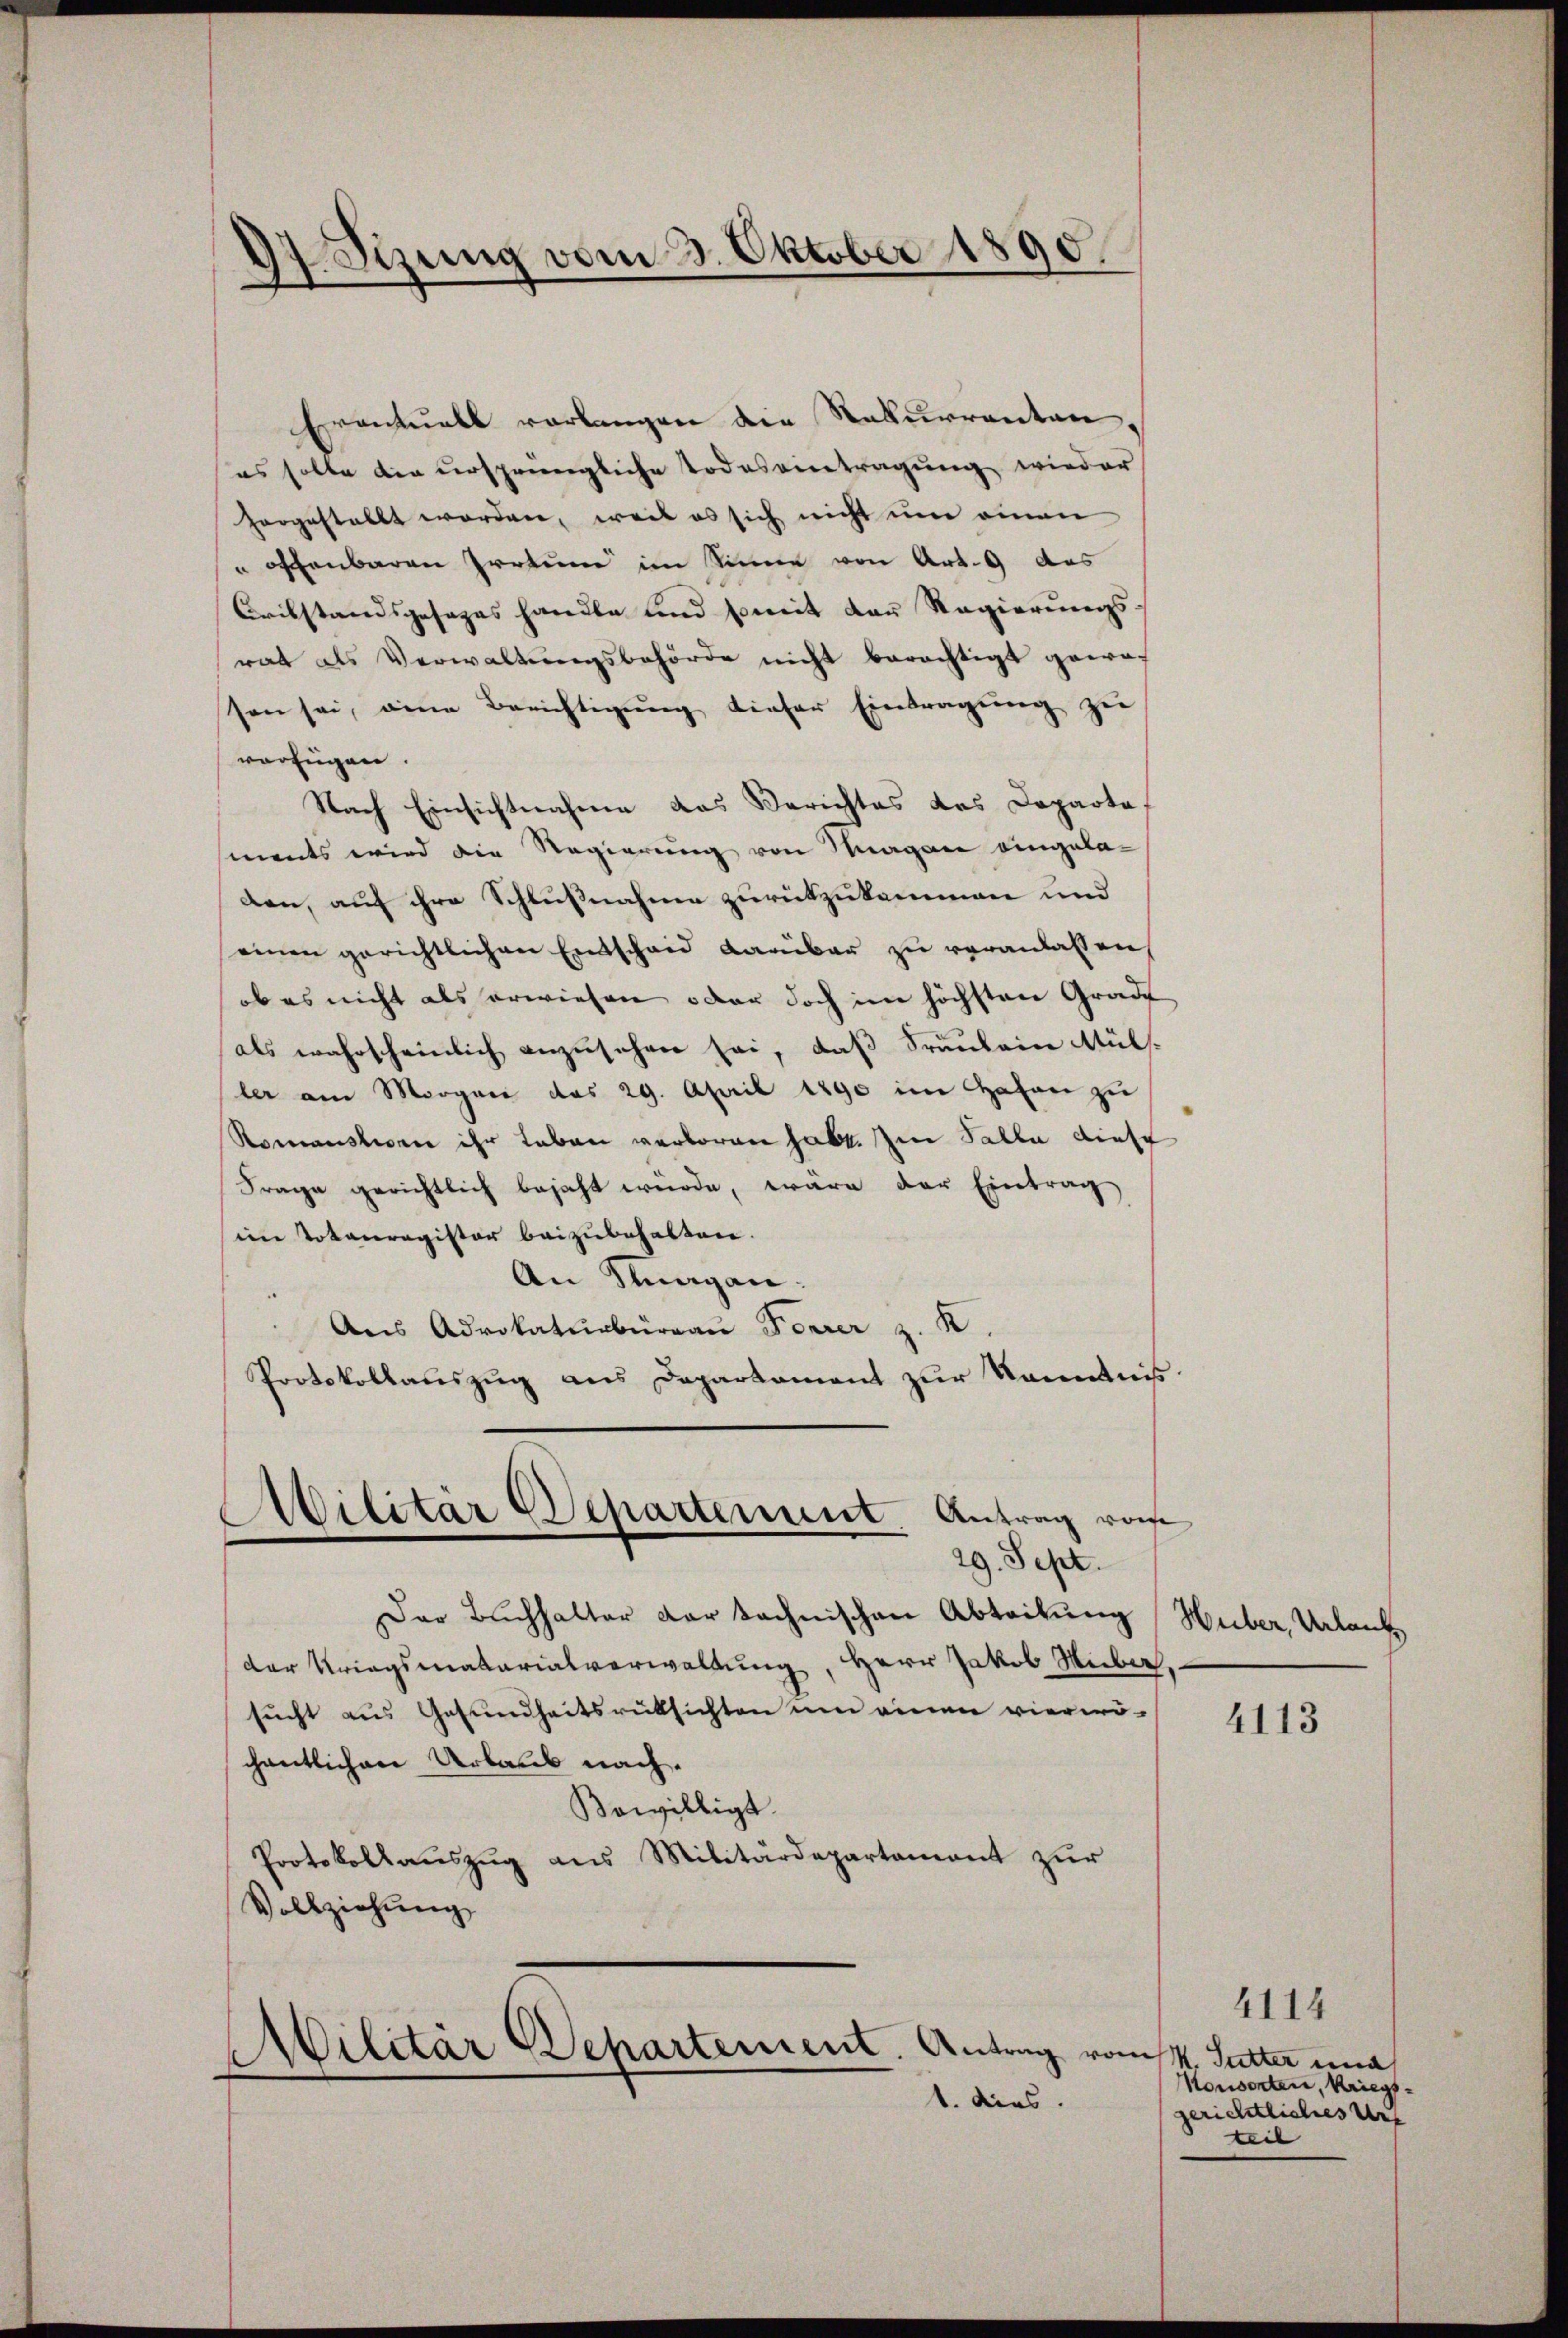
7 Szung vom 3. Oktober 1890.

Eventuell verlangen die Rekurrenten
es solle die ursprüngliche Todeseintragung wieder
horgestellt worden, weil es sich nicht um einen
" offenbaren Irrtum im Sinne von Art. 9 des
Crikstandsgesages handle und soweit der Regierungsrat als Verwaltŭngsbehörde nicht berechtigt gewa-
sen sei, eine Berichtigŭng dieser Eintragŭng zu
verfügen.
Nach Einsichtnahme das Berichtes des Departe
sments wird die Regierung von Magen eingeladen, auf ihre Schlußnahme zurückzukommen und
einen gerichtlichen Entscheid darüber zu veranlassen,
ob es nicht als erwiesen oder doch im höchsten Grade
als wahrscheinlich anzusehen sei, daß Fräulein Müls.
ler am Morgani das 29. April 1890 im Hafen zu
Romansteen ihr Leben verloren habt. Im Falle diese
Frage gerichtlich bejaht würde, wäre der Eintrag
im Totenregister beizubehalten.
An Klagen.
Aus Advokaturbürgau Forrer z. K
Protokollauszug aus Departement zur Kenntniß
Militär Departement. Antrag von

29. Sept.

Der Buchhalter dar technischen Abteilung Huber, Valant
der Kriegsmatarialverwaltung, Herr Jakob Huber.
sucht aus Gesundheitsrüksichten um einen vierwö-
chentlichen Urlaub nach.
Bowilligt.
Protokollauszug aus Militärdepartement zur
Vollziehung

Militär Departement. Antrag vom 4. Sutter una
1. dies.

4113

4114
Nonsorten, Kriegsgerichtliches Urs
teil